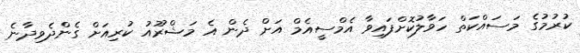
ކުރުމުގެ މަސައްކަތް ހަވާލުކޮށްފައިވާ އެމްސީއެމް އަށް ދެން އެ މަޝްރޫއު ކުރިއަށް ގެންދެވިދާނެ